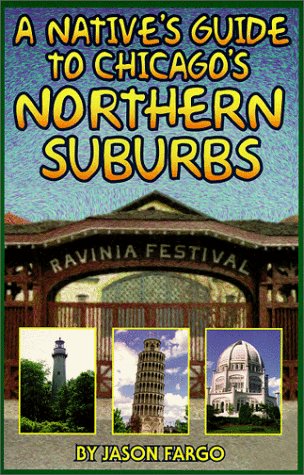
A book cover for To Chicago's North Suburbs (Native's Guide); Jason Fargo; Travel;